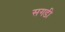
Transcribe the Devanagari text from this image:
सगडी